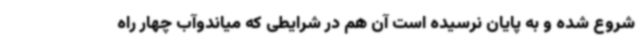
شروع شده و به پایان نرسیده است آن هم در شرایطی که میاندوآب چهار راه